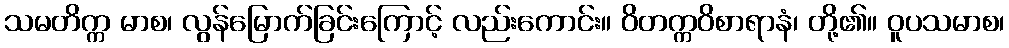
သမတိက္က မာစ၊ လွန်မြောက်ခြင်းကြောင့် လည်းကောင်း။ ဝိတက္ကဝိစာရာနံ၊ တို့၏။ ဝူပသမာစ၊